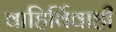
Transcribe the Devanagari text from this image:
वाहिर्विवाही